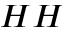
_ { H H }